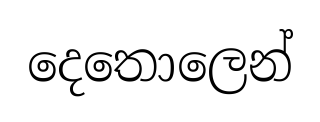
දෙතොලෙන්